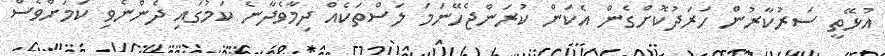
އުޅޭތީ ސަރުކާރުން ހަރަދުކޮށްގެން އެކަން ކުރަންޖެހޭނަމަ ލަސްތަކެއް ދިމާވެދާނެ ކަމުގައި ދެންނެވި ކަމަށްވެސް